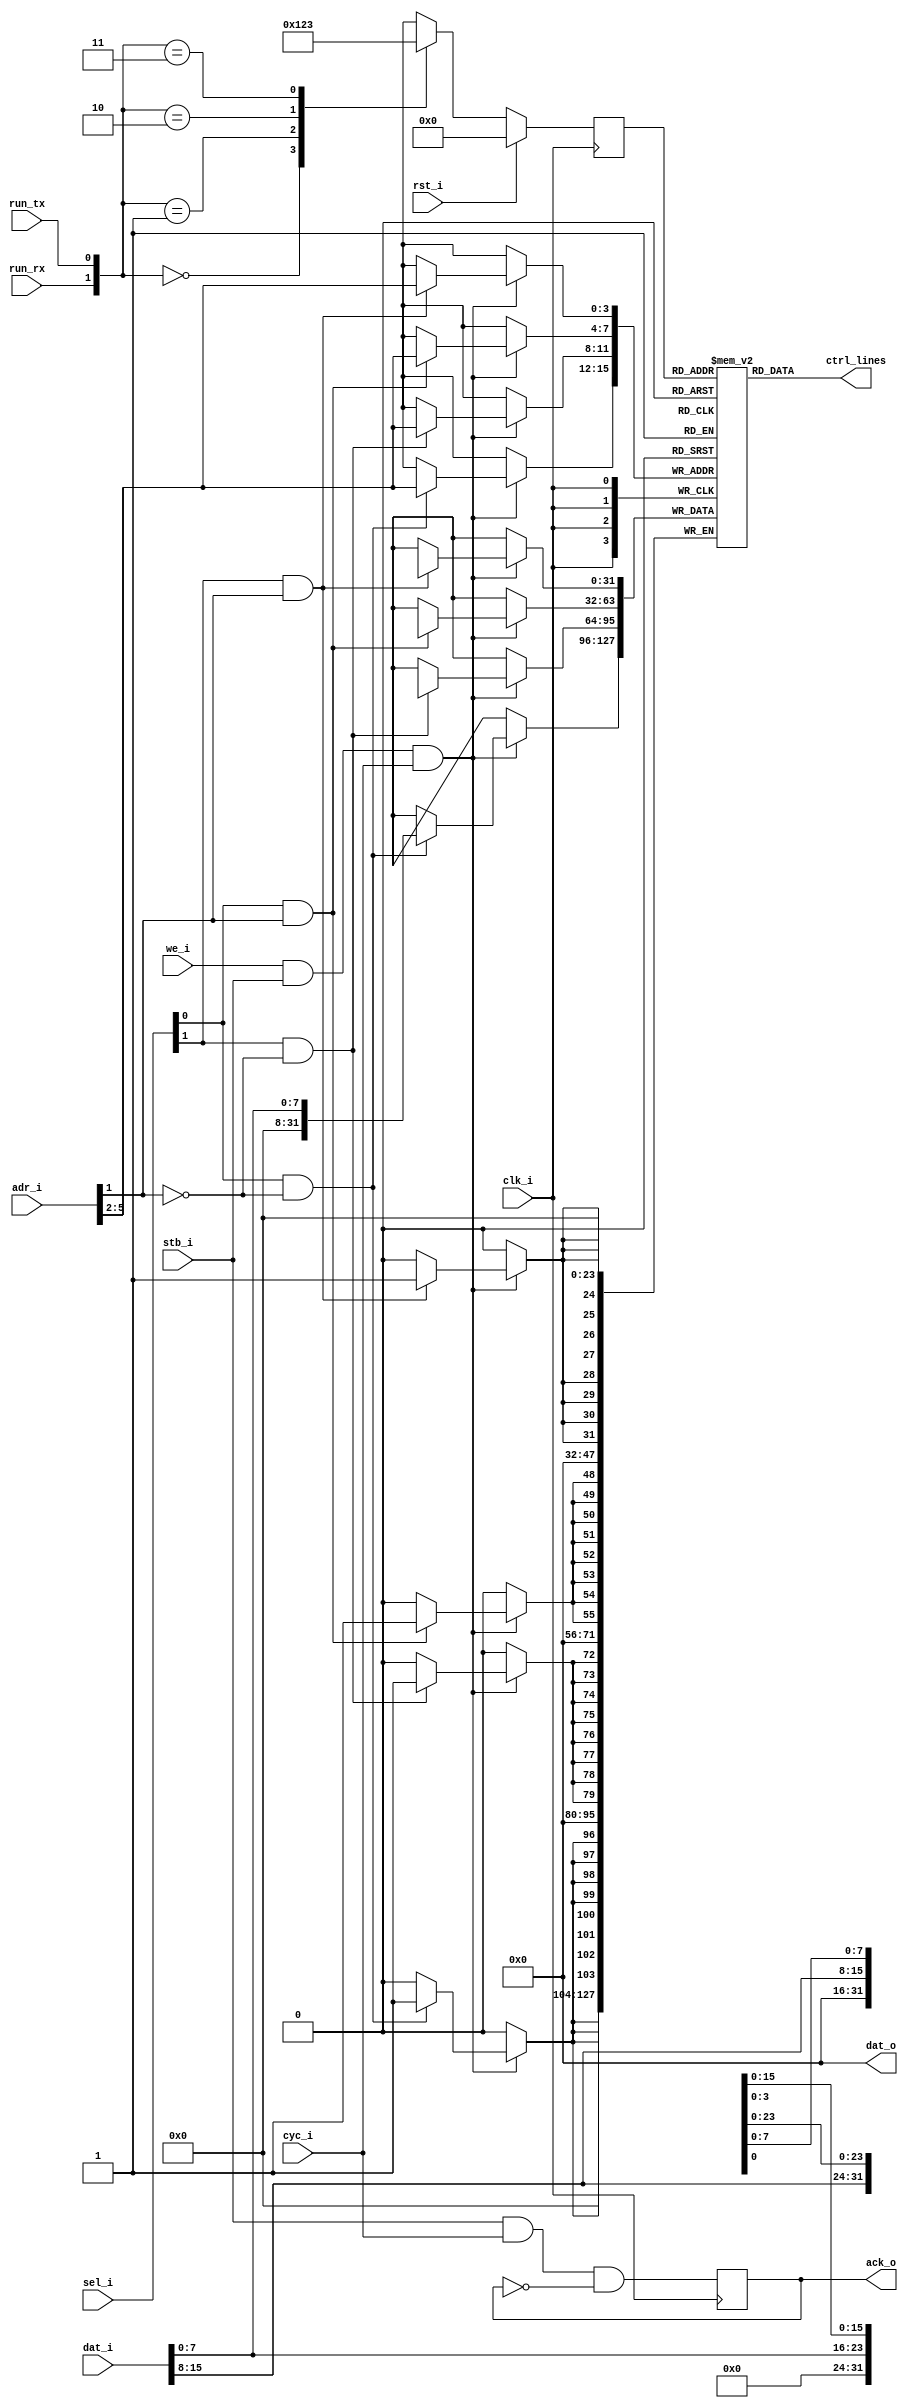
module atr_controller16
  (input clk_i, input rst_i,
   input [5:0] adr_i, input [1:0] sel_i, input [15:0] dat_i, output [15:0] dat_o,
   input we_i, input stb_i, input cyc_i, output reg ack_o,
   input run_rx, input run_tx,
   output [31:0] ctrl_lines);
   reg [3:0] state;
   reg [31:0] atr_ram [0:15];  
   wire [3:0] sel_int = { (sel_i[1] & adr_i[1]), (sel_i[0] & adr_i[1]),
			  (sel_i[1] & ~adr_i[1]), (sel_i[0] & ~adr_i[1]) };
   always @(posedge clk_i)
     if(we_i & stb_i & cyc_i)
       begin
	  if(sel_int[3])
	    atr_ram[adr_i[5:2]][31:24] <= dat_i[15:8];
	  if(sel_int[2])
	    atr_ram[adr_i[5:2]][23:16] <= dat_i[7:0];
	  if(sel_int[1])
	    atr_ram[adr_i[5:2]][15:8] <= dat_i[15:8];
	  if(sel_int[0])
	    atr_ram[adr_i[5:2]][7:0] <= dat_i[7:0];
       end 
   assign dat_o = 16'd0;
   always @(posedge clk_i)
     ack_o <= stb_i & cyc_i & ~ack_o;
   assign     ctrl_lines = atr_ram[state];
   localparam ATR_IDLE = 4'd0;
   localparam ATR_TX = 4'd1;
   localparam ATR_RX = 4'd2;
   localparam ATR_FULL_DUPLEX = 4'd3;
   always @(posedge clk_i)
     if(rst_i)
       state <= ATR_IDLE;
     else
       case ({run_rx,run_tx})
	 2'b00 : state <= ATR_IDLE;
	 2'b01 : state <= ATR_TX;
	 2'b10 : state <= ATR_RX;
	 2'b11 : state <= ATR_FULL_DUPLEX;
       endcase 
endmodule